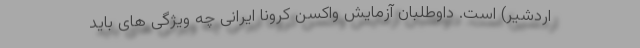
اردشیر) است. داوطلبان آزمایش واکسن کرونا ایرانی چه ویژگی های باید